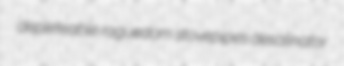
depleteable roguedom stovepipes desalinator